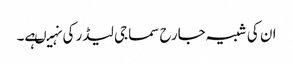
ان کی شبیہ جارح سماجی لیڈر کی نہیںہے۔